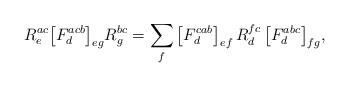
LaTeX: \begin{align*}R^{ac}_e \big[ F^{acb}_d \big]_{eg} R^{bc}_g = \sum_f \big[ F^{cab}_d \big]_{ef} \, R^{fc}_d \, \big[ F^{abc}_d \big]_{fg},\end{align*}